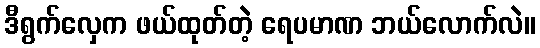
ဒီရွက်လှေက ဖယ်ထုတ်တဲ့ ရေပမာဏ ဘယ်လောက်လဲ။